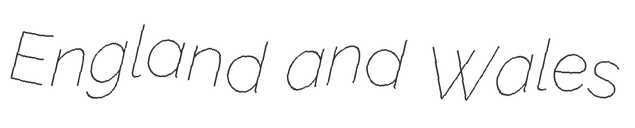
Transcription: England and Wales